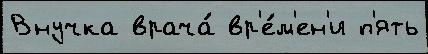
Внучка врача́ вр'е́м'ен'и п'ять